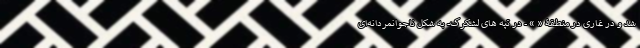
شد و در غاری در منطقۀ « » - در تپه های لشکرک- به شکل ناجوانمردانه‌ای